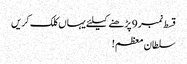
قسط نمبر 9 پڑھنے کیلئے یہاں کلک کریں
سلطان معظم!